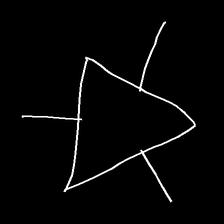
Glyph: fire